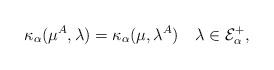
LaTeX: \begin{align*}\kappa_\alpha(\mu^A,\lambda)=\kappa_\alpha(\mu,\lambda^A)\quad\lambda\in\mathcal E^+_\alpha, \end{align*}